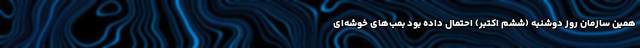
همین سازمان روز دوشنبه (ششم اکتبر) احتمال داده بود بمب‌های خوشه‌ای